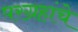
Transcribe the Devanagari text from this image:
परग्रहांचे